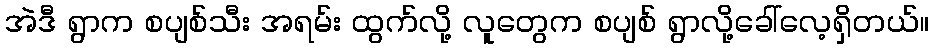
အဲဒီ ရွာက စပျစ်သီး အရမ်း ထွက်လို့ လူတွေက စပျစ် ရွာလို့ခေါ်လေ့ရှိတယ်။